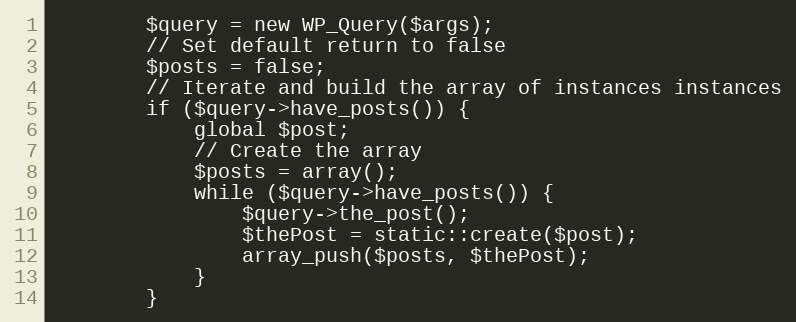
Language: PHP
        $query = new WP_Query($args);
        // Set default return to false
        $posts = false;
        // Iterate and build the array of instances instances
        if ($query->have_posts()) {
            global $post;
            // Create the array
            $posts = array();
            while ($query->have_posts()) {
                $query->the_post();
                $thePost = static::create($post);
                array_push($posts, $thePost);
            }
        }